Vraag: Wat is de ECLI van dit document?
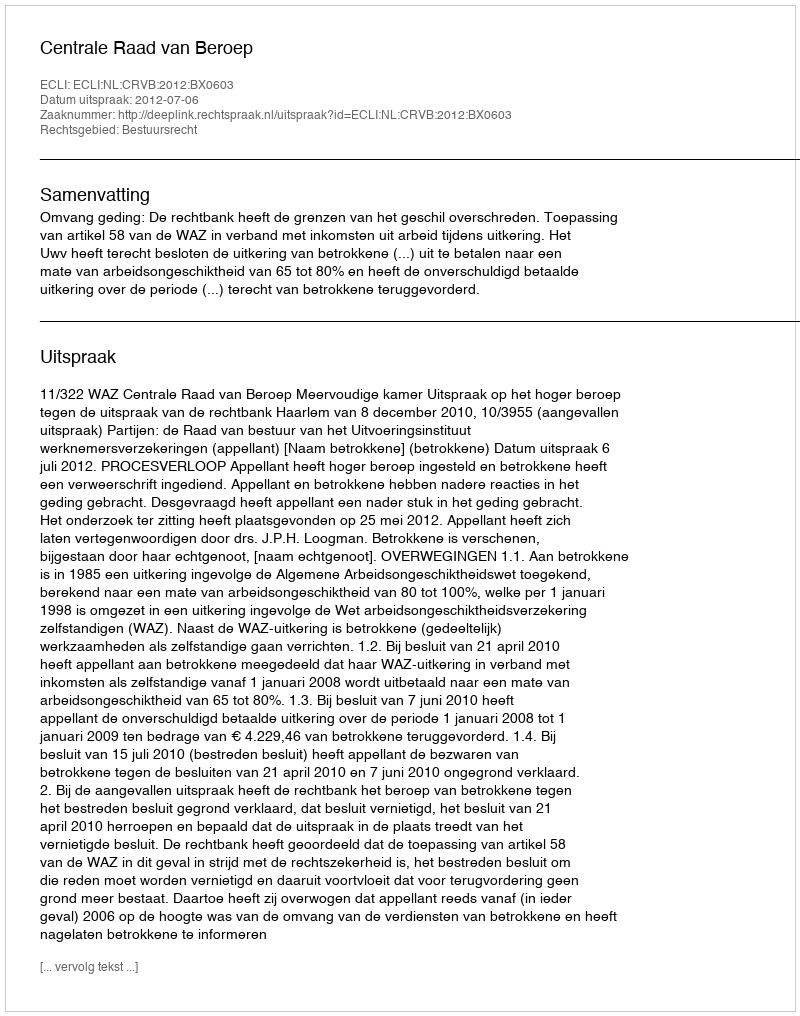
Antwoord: ECLI:NL:CRVB:2012:BX0603